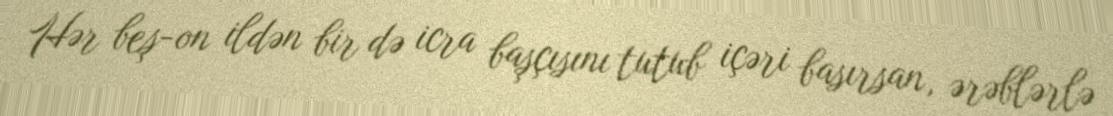
Hər beş-on ildən bir də icra başçısını tutub içəri basırsan, ərəblərlə